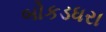
બોકડધરા